Aleksander_Warma, lk 4
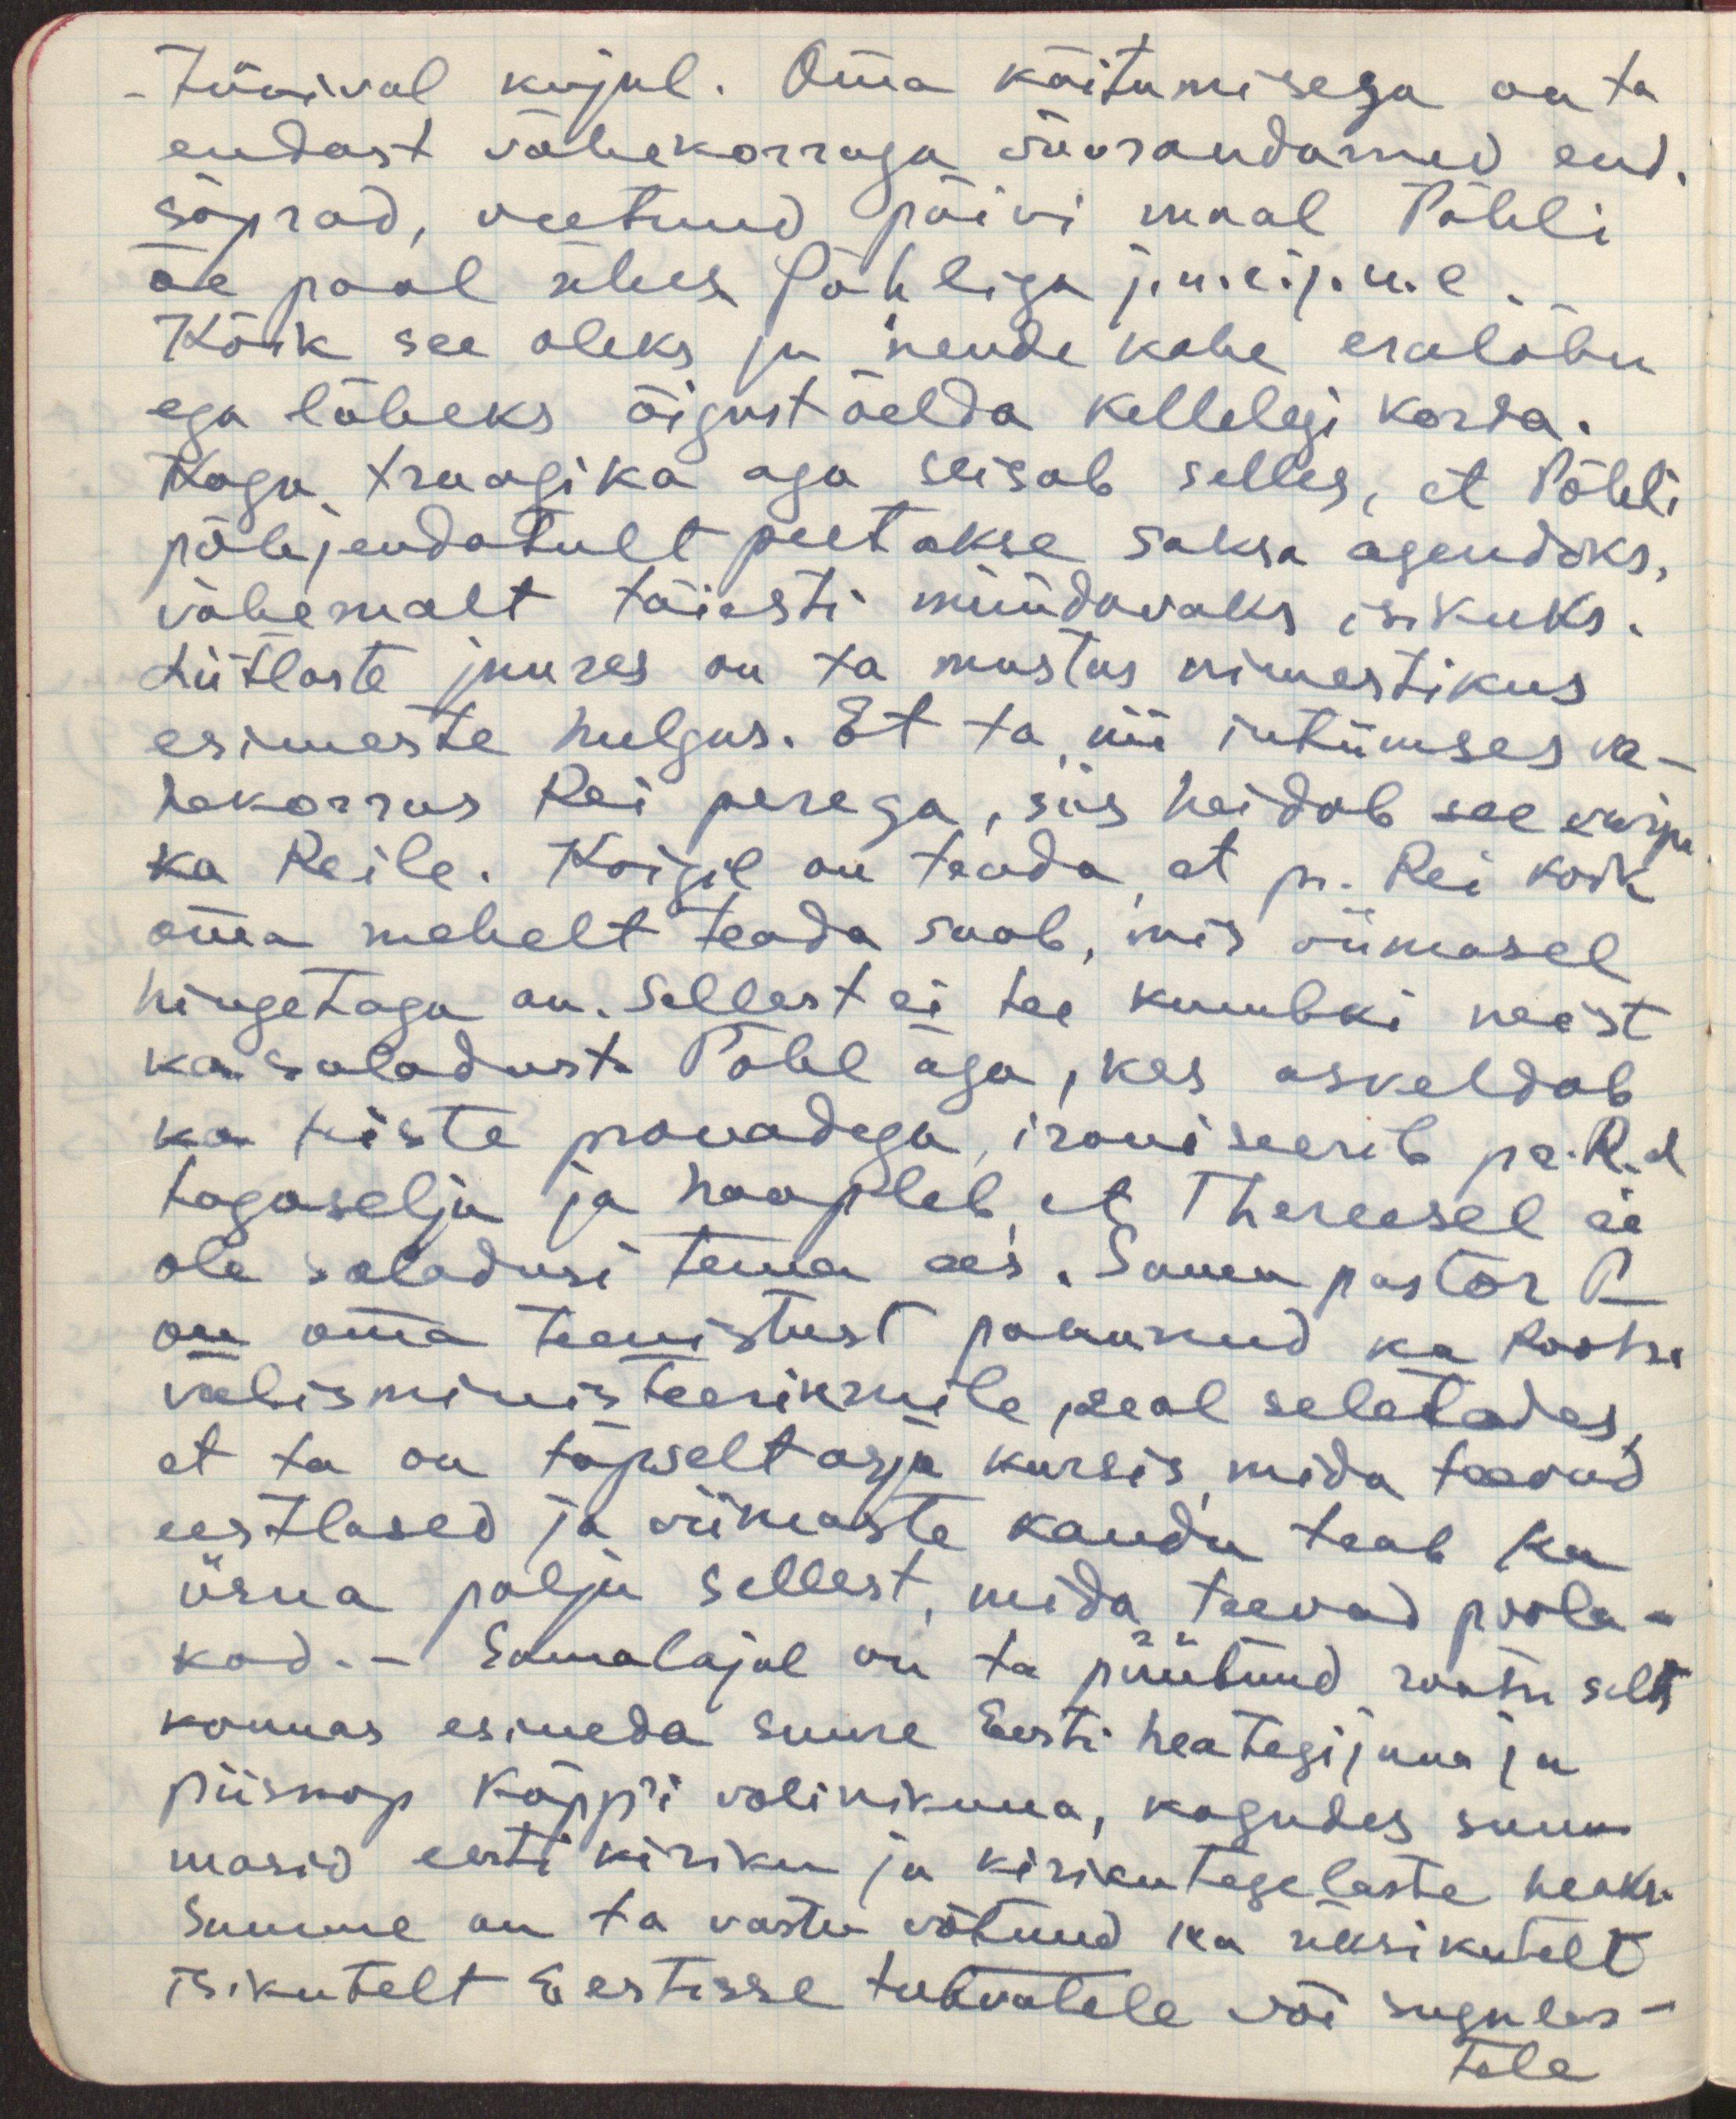
tükival kujul. Oma käitumisega on ta
endast vähekorraga võõrandanud end.
Sõprad, veetnud päivi maal Pöhli
õe pool ühes Pöhliga j.n.e.j.n.e.
Kõik see oleks ju nende kahe eralõbu
ega läheks õigust öelda kellelegi korda.
Kogu traagika aga seisab selles, et Pöhli
põhjendatult peetakse saksa agendiks,
vähemalt täiesti müüdavaks isikuks.
Liitlaste juures on ta mustas nimestikus
esimeste hulgas. Et ta nii intiimses va-
hekorras Rei perega, siis heidab see varju
ka Reile. Kõigil on teada, et pr. Rei kõik
oma mehelt teada saab, mis viimasel
hingetaga on. Sellest ei tee kumbki neist
ka saladust. Pöhl aga, kes askeldab
ka teiste prouadega, ironiseerib pr. R.d
tagaselja ja hoopleb, et Thereesel ei
ole saladusi tema ees. Sama pastor P.
on oma teenistust pakunud ka Rootsi 
välisministeeriumile, seal seletades
et ta on täpselt asja kursis, mida teevad
eestlased ja viimaste kaudu teab ka 
üsna palju sellest, mida teevad poola-
kad. - Samal ajal on ta püüdnud rootsi selts-
konnas esineda suure Eesti heategijana ja
piiskop Käpp'i volinikuna, kogudes sum-
masid eesti kiriku ja kirikutegelaste heaks.
Summe on ta vastu võtnud ka üksikutelt
isikutelt Eestisse tulevatele või sugulas-
tele